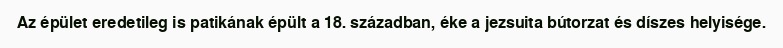
Az épület eredetileg is patikának épült a 18. században, éke a jezsuita bútorzat és díszes helyisége.